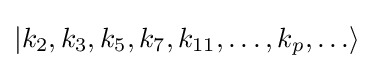
|k_{2},k_{3},k_{5},k_{7},k_{11},\ldots ,k_{p},\ldots \rangle